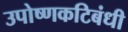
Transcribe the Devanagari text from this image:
उपोष्णकटिबंधी